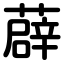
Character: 薜